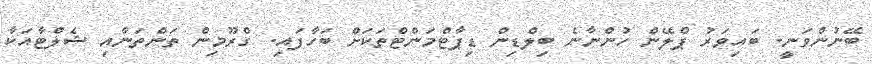
ބޭނުންވަނީ. ބައިވަރު ޕްލޭން ހުންނާނެ ބިލްޑިން ޑިޕާޓްމަންޓްތަކަށް ބަހާފައި. ގްރޫމިން ތަންތަނާއި ޝެލްޓާއަކާ